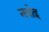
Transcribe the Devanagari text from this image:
नवोइ